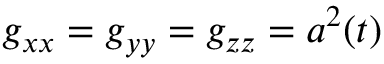
g _ { x x } = g _ { y y } = g _ { z z } = a ^ { 2 } ( t )